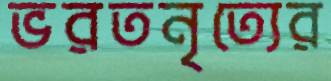
ভরতনৃত্যের